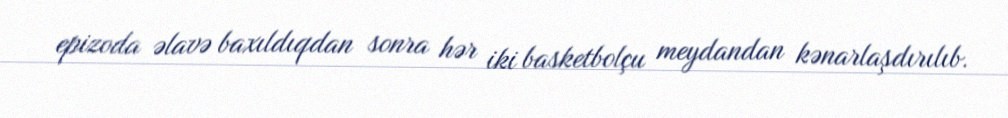
epizoda əlavə baxıldıqdan sonra hər iki basketbolçu meydandan kənarlaşdırılıb.